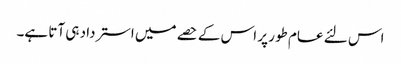
اس لئے عام طور پر اس کے حصے میں استرداد ہی آتا ہے۔